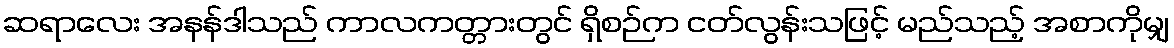
ဆရာလေး အနန်ဒါသည် ကာလကတ္တားတွင် ရှိစဉ်က ငတ်လွန်းသဖြင့် မည်သည့် အစာကိုမျှ